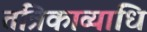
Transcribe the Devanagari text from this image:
तंत्रिकाव्याधि